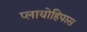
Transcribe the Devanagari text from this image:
प्लायोहिपास